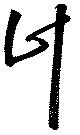
計